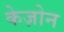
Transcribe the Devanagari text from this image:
केज़ोन